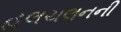
હલચલનની